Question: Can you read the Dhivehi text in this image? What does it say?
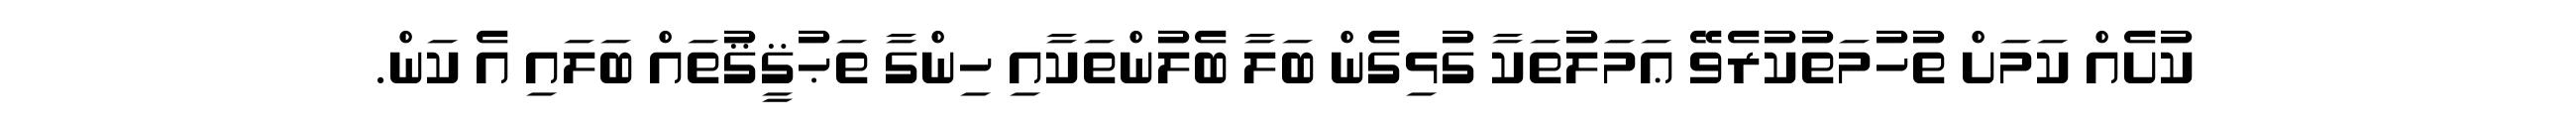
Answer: ކުށެއް ކަމަށް ތުހުމަތުކުރެވޭ ޢަމަލުތަކާ ގުޅިގެން ބަލާ ބެލުންތަކާއި ހިންގާ ތަޙުޤީޤުތައް ބަލައި އެ ކަން.